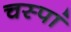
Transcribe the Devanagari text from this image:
चस्पां